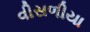
વીસળીયા